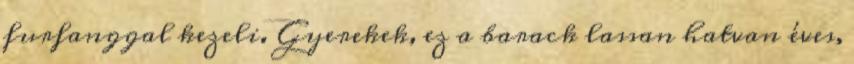
furfanggal kezeli. Gyerekek, ez a barack lassan hatvan éves,